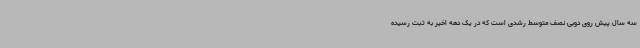
سه سال پیش روی دوبی نصف متوسط رشدی است که در یک دهه اخیر به ثبت رسیده